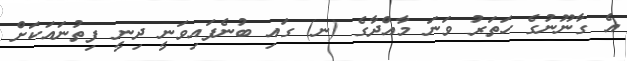
އެ ގާނޫނުގެ ހަތަރު ވަނަ މާއްދާގެ (ނ) ގައި ބުނެފައިވަނީ ދިނީ ފިތުނައަކަށް